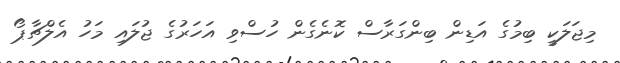
މިޖަލަކީ ބިމުގެ އަޑިން ބިންގަރާސް ކޮނެގެން ހުސްވި އަހަރުގެ ޖުލައި މަހު އެލްޗާޕޯ